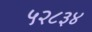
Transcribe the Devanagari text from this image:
५२८३४